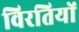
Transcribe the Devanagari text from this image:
विरतियों